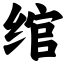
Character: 绾